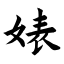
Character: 婊